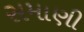
સમાણી